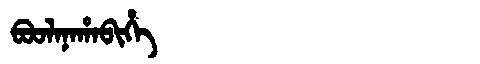
Manchu: ᠪᠣᠣᠯᠠᠨᠠᡥᠠᠪᡳᡥᡝ
Romanization: BOOLANAHABIHE